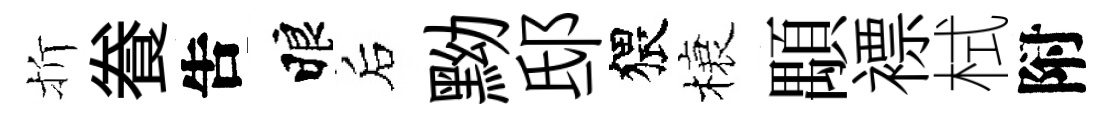
折飬吿睱后黝邸猥榱顒褾栻附